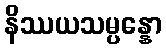
နိဿယသမ္ပန္နော